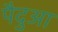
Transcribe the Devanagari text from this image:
पैदुआ